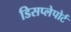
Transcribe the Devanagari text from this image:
डिसप्लेपोर्ट